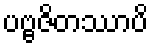
ပဗ္ဗဇိတဿာပိ